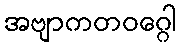
အဗျာကတဝဂ္ဂေါ